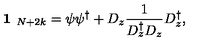
\textbf { 1 } _ { N + 2 k } = \psi \psi ^ { \dagger } + D _ { z } \frac { 1 } { D _ { z } ^ { \dagger } D _ { z } } D _ { z } ^ { \dagger } ,